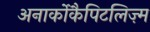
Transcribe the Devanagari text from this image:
अनार्कोकैपिटलिज़्म